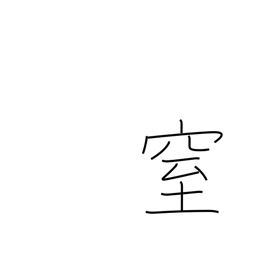
Meaning: plug up